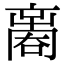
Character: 𠾃